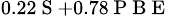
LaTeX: _{0.22\mathrm{~S~}+0.78\mathrm{~P~B~E~}}